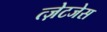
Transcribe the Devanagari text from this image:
त्ज़ेटजेस